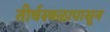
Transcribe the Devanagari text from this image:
तीर्थस्थळापासून